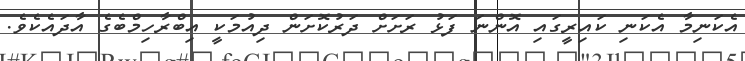
އެކަނިމާ އެކަނި ކައިރީގައި އޮންނަ ފަޅު ރަށަށް ދަރުކޮށަން ދިއުމަކީ އިބްރާހިމްބެގެ އާދައެކެވެ.